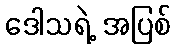
ဒေါသရဲ့ အပြစ်